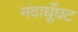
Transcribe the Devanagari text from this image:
नंदाघूँघट